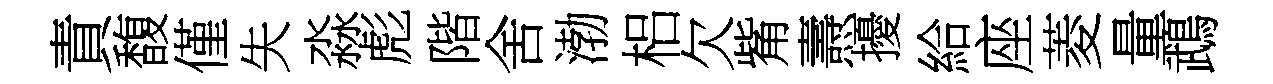
責馥僅失淼彪階舍渤梠欠觜燾擾給座菱量鵡